Insane asylums in Bengal annual reports 1867-1875 - 1867-1875
Year: 1867
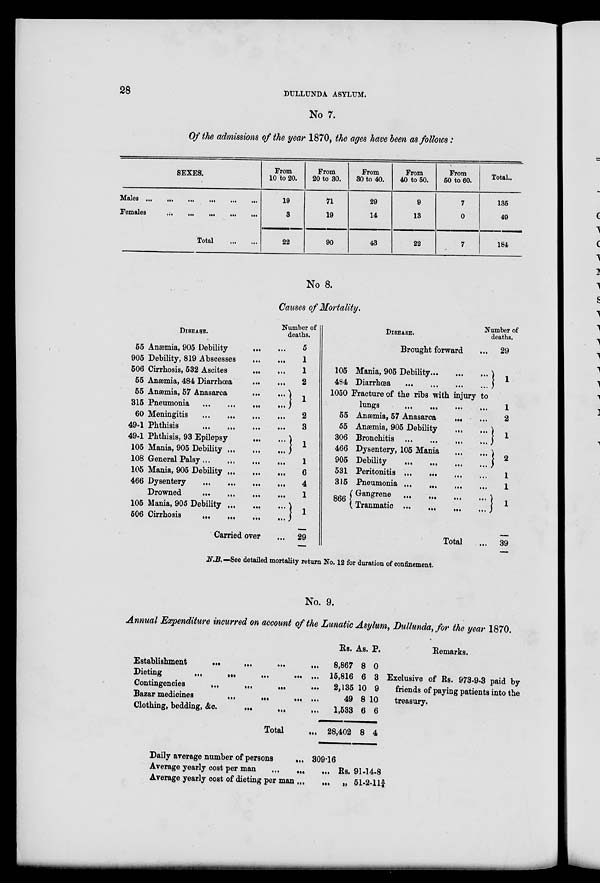
28
DULLUNDA ASYLUM.
No 7.
Of the admissions of the year 1870, the ages have been as follows:
SEXES.
Males
...
...
...
...
...
...
Females
...
...
...
...
...
...
Total
...
...
From
10 to 20.
19
3
22
From
20 to 30.
71
19
90
From
30 to 40.
29
14
43
From
40 to 50.
9
13
22
From
50 to 60.
7
0
7
Total..
135
49
184
No 8.
Causes of Mortality.
DISEASE.
55
905
506
55
55
315
60
49-1
49-1
105
108
105
466
105
506
Anæmia, 905 Debility
... ...
Debility, 819 Abscesses
...
Cirrhosis, 532 Ascites
... ...
Anæmia, 484 Diarrhœa ... ...
Anæmia, 57 Anasarca ... ...
Pneumonia
...
...
...
...
Meningitis
...
...
...
...
Phthisis
...
...
... ...
Phthisis, 93 Epilepsy ... ...
Mania, 905 Debility ... ...
General Palsy ... ... ... ...
Mania, 905 Debility ... ... ...
Dysentery
...
...
...
Drowned
...
...
...
Mania, 905 Debility ...
...
Cirrhosis
...
...
...
Carried over ...
Number of
deaths.
5
1
1
2
1
2
3
1
1
6
4
1
1
29
105
484
1050
55
55
306
466
905
531
315
866
DISEASE.
Brought forward ...
Mania, 905 Debility ... ... ...
Diarrhœa
...
...
...
Fracture of the ribs with injury to
lungs
...
...
...
...
Anæmia, 57 Anasarca
... ...
Anæmia, 905 Debility ... ...
Bronchitis
...
...
...
...
Dysentery, 105 Mania
...
...
Debility
...
...
...
...
Peritonitis
...
...
...
...
Pneumonia
...
...
...
...
Gangrene
...
...
...
...
Tranmatic
...
...
...
...
Total ...
Number of
deaths.
29
1
1
2
1
2
1
1
1
39
N.B.—See detailed mortality return No. 12 for duration of confinement.
No. 9.
Annual Expenditure incurred on account of the Lunatic Asylum, Dullunda, for the year 1870.
Establishment
...
...
...
Dieting
...
...
...
Contingencies
...
...
...
Bazar medicines
...
...
...
Clothing, bedding, &c.
...
...
...
Total ...
Daily average number of persons
....
Average yearly cost per man
...
Average yearly cost of dieting per man ...
Rs.
8,867
15,816
2,135
49
1,533
28,402
As.
8
6
10
8
6
8
P.
0
3
9
10
6
4
309.16
Rs. 91-14-8
... „ 51-2-11¾
Remarks.
Exclusive of Rs. 973-9-3 paid by
friends of paying patients into the
treasury.